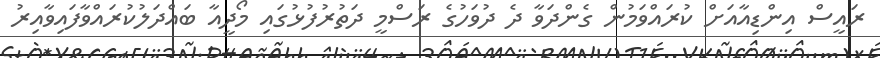
ރައީސް އިންޑިއާއަށް ކުރައްވަމުން ގެންދަވާ ދެ ދުވަހުގެ ރަސްމީ ދަތުރުފުޅުގައި މޯދީއާ ބައްދަލުކުރައްވާފައިވާއިރު